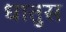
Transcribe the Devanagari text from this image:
धातुस